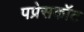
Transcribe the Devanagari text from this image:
पप्रेसकॉट